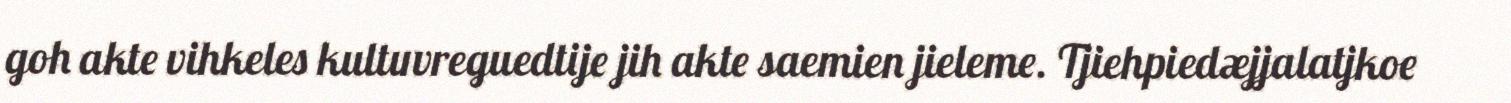
goh akte vihkeles kultuvreguedtije jih akte saemien jieleme. Tjiehpiedæjjalatjkoe